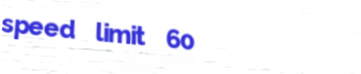
speed limit 60